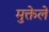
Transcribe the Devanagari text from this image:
मुक्तेले